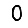
Digit: 0